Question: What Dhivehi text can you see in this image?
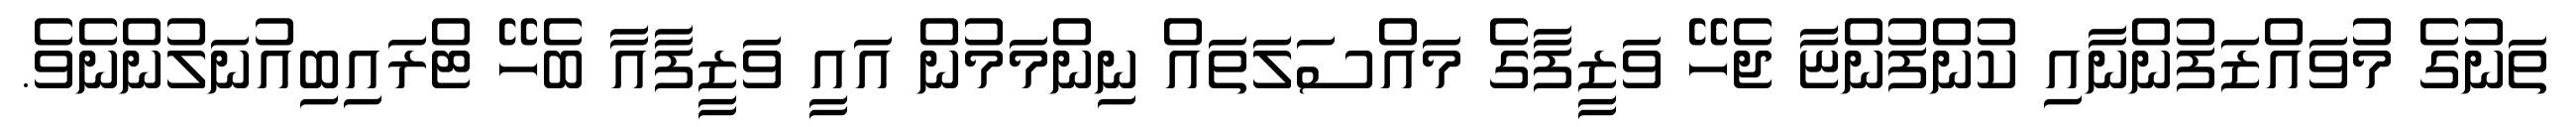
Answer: ތަނުގެ މުވައްޒަފުންނާއި ކުންފުންޏާ ޖެހޭ ވަޒީފާގެ މައްސަލަތައް ނިންމަމުން އައީ ވަޒީފާއާ ބެހޭ ޓްރައިބިއުނަލުންނެވެ.